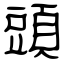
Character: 頭